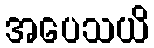
အပေသယိ